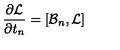
{ \frac { \partial { \cal L } } { \partial t _ { n } } } = [ { \cal B } _ { n } , { \cal L } ]